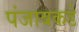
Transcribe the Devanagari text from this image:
पंजाबकडे